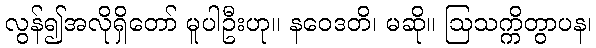
လွန်၍အလိုရှိတော် မူပါဦးဟု။ နဝေဒတိ၊ မဆို။ ဩသက္ကိတွာပန၊